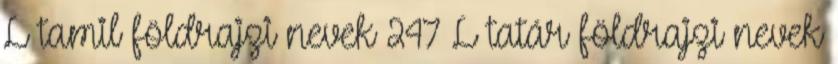
L tamil földrajzi nevek‎ 247 L tatár földrajzi nevek‎